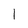
Character: I